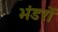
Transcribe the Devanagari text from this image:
भंडरों